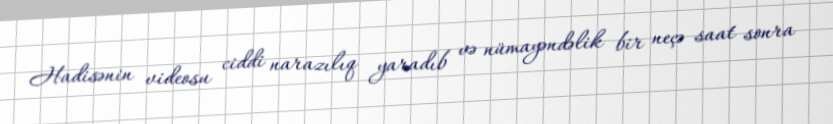
Hadisənin videosu ciddi narazılıq yaradıb və nümayəndəlik bir neçə saat sonra